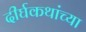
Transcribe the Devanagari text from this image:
दीर्घकथांच्या